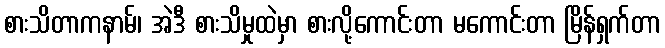
စားသိတာကနာမ်၊ အဲဒီ စားသိမှုထဲမှာ စားလို့ကောင်းတာ မကောင်းတာ မြိန်ရှက်တာ